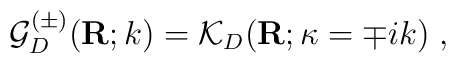
{\mathcal G}^{(\pm)}_{{D}}({\bf  R};k)={\mathcal K}_{{D}}({\bf  R};\kappa= \mp ik)\;  ,